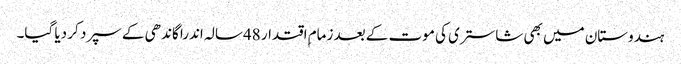
ہندوستان میں بھی شاستری کی موت کے بعد زمام ِاقتدار 48سالہ اندرا گاندھی کے سپرد کر دیا گیا۔